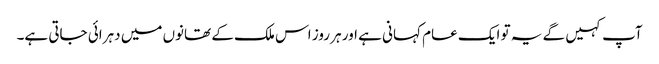
آپ کہیں گے یہ تو ایک عام کہانی ہے اور ہر روز اس ملک کے تھانوں میں دہرائی جاتی ہے۔